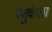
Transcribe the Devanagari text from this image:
रेणुकेला